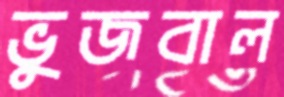
ভুজবাল